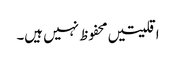
اقلیتیں محفوظ نہیں ہیں۔